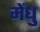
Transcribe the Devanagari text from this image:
मेंधु